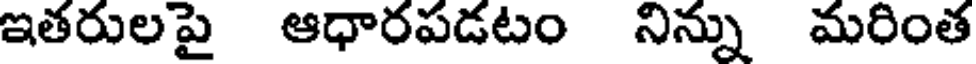
ఇతరులపై ఆధారపడటం నిన్ను మరింత